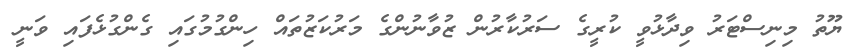
ޔޫތު މިނިސްޓަރު ވިދާޅުވީ ކުރީގެ ސަރުކާރުން ޒުވާނުންގެ މަރުކަޒުތައް ހިންގުމުގައި ގެންގުޅެފައި ވަނީ